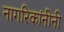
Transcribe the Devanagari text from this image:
नागरिकांनीनी